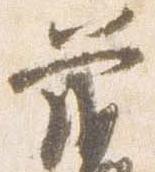
前